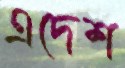
এদেশ